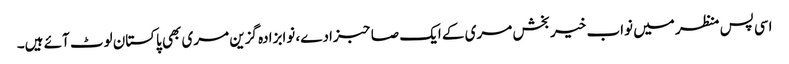
اسی پس منظر میں نواب خیر بخش مری کے ایک صاحبزادے، نوابزادہ گزین مری بھی پاکستان لوٹ آئے ہیں۔